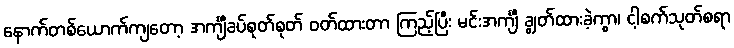
နောက်တစ်ယောက်ကျတော့ အင်္ကျီခပ်စုတ်စုတ် ဝတ်ထားတာ ကြည့်ပြီး မင်းအင်္ကျီ ချွတ်ထားခဲ့ကွာ၊ ငါ့စက်သုတ်စရာ